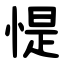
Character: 惿